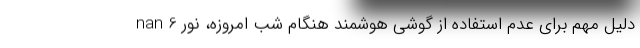
nan 6 دلیل مهم برای عدم استفاده از گوشی هوشمند هنگام شب امروزه، نور